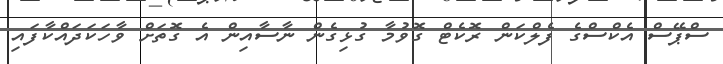
ސްޕޭސް އެކްސްގެ ފެލްކަން ރޮކެޓް ގޮވުމާ ގުޅިގެން ނާސާއިން އެ ގޮތަށް ވާހަކަދައްކާފައި